Indian Civil Veterinary Department memoirs
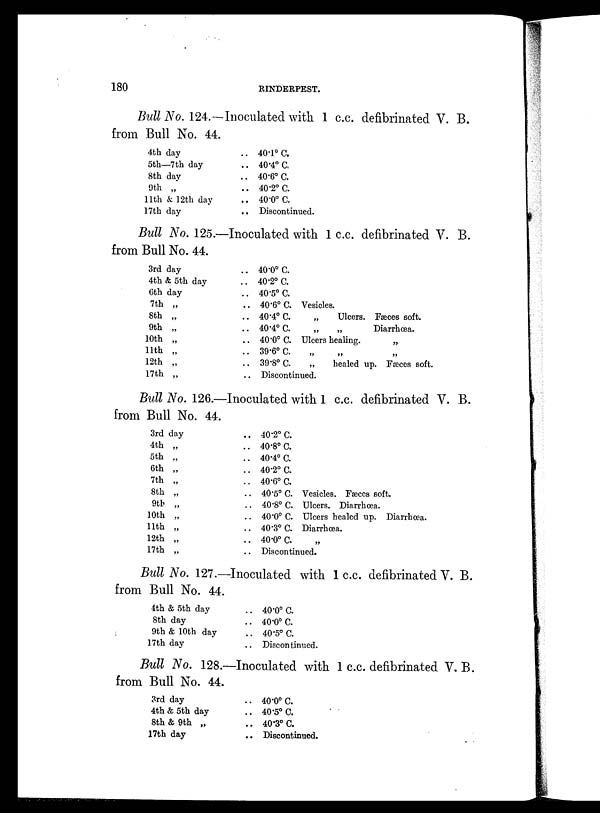
180
RINDERPEST.
Bull No. 124.—Inoculated with 1 c.c. defibrinated V. B.
from Bull No. 44.
4th day
5th—7th day
8th day
9th „
11th & 12th day
17th day
.. 40.1º C.
.. 40.4º C.
.. 40.6º C.
.. 40.2º C.
.. 40.0º C.
.. Discontinued.
Bull No. 125.—Inoculated with 1 c.c. defibrinated V. B.
from Bull No. 44.
3rd day
4th & 5th day
6th day
7th „
8th „
9th „
10th „
11th „
12th „
17th „
.. 40.0º C.
.. 40.2º C.
.. 40.5º C.
.. 40.6º C. Vesicles.
.. 40.4º C.
„
Ulcers. Fæces soft.
.. 40.4º C. „
„
Diarrhœa.
.. 40.0º C. Ulcers healing.
„
.. 39.6º C. „ „ „
.. 39.8º C.
„
healed up. Fæces soft.
.. Discontinued.
Bull No. 126.—Inoculated with 1 c.c. defibrinated V. B.
from Bull No. 44.
3rd day
4th „
5th „
6th „
7th „
8th „
9th „
10th „
11th „
12th „
17th „
.. 40.2º C.
.. 40.8º C.
.. 40.4º C.
.. 40.2º C
.. 40.6º C.
.. 40.5º C. Vesicles. Fæces soft.
.. 40.8º C. Ulcers. Diarrhœa.
.. 40.0º C. Ulcers healed up. Diarrhœa.
.. 40.3º C. Diarrhœa.
.. 40.0º C. „
.. Discontinued.
Bull No. 127.—Inoculated with 1 c.c. defibrinated V. B.
from Bull No. 44.
4th & 5th day
8th day
9th & 10th day
17th day
.. 40.0º C.
.. 40.0º C.
.. 40.5º C.
.. Discontinued.
Bull No. 128.—Inoculated with 1 c.c. defibrinated V. B.
from Bull No. 44.
3rd day
4th & 5th day
8th & 9th „
17th day
.. 40.0º C.
.. 40.5º C.
.. 40.3º C.
.. Discontinued.